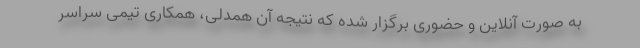
به صورت آنلاین و حضوری برگزار شده که نتیجه آن همدلی، همکاری تیمی سراسر